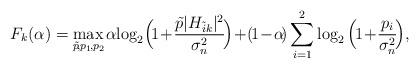
LaTeX: \begin{align*}F_k(\alpha) = \max_{\tilde{p}\!, p_1\!, p_2\!} \alpha\!\log_2\!\Big(\!1\!+\!\frac{\tilde{p}|H_{\tilde{i}k}|^2}{\sigma^2_n}\!\Big) \!+ \! (\!1\!-\!\alpha\!)\sum_{i=1}^{2}\log_2\Big(\!1\!+\!\frac{p_{i}}{\sigma^2_n}\!\Big), \end{align*}